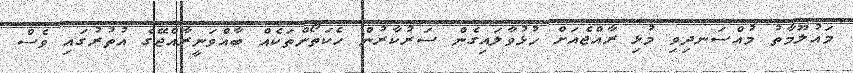
މައުލޫމާތު މުއްސަނދިވި މުޅި ރާއްޖެއަށް ހުޅުވާލައިގެން ސަރުކާރުން ހެކަތޯންތަކެއް ބާއްވަނީރާއްޖޭގެ އުތުރުގައި ވެސް